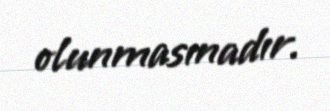
olunmasınadır.